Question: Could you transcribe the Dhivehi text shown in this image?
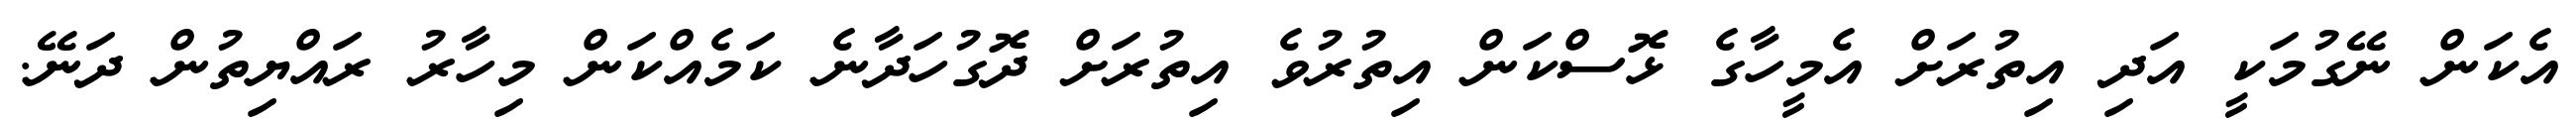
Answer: އެކަން ނޭގުމަކީ އަދި އިތުރަށް އެމީހާގެ ޅޮސްކަން އިތުރުވެ އިތުރަށް ދޮގުހަދާނެ ކަމެއްކަން މިހާރު ރައްޔިތުން ދަނޭ.